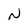
Character: N